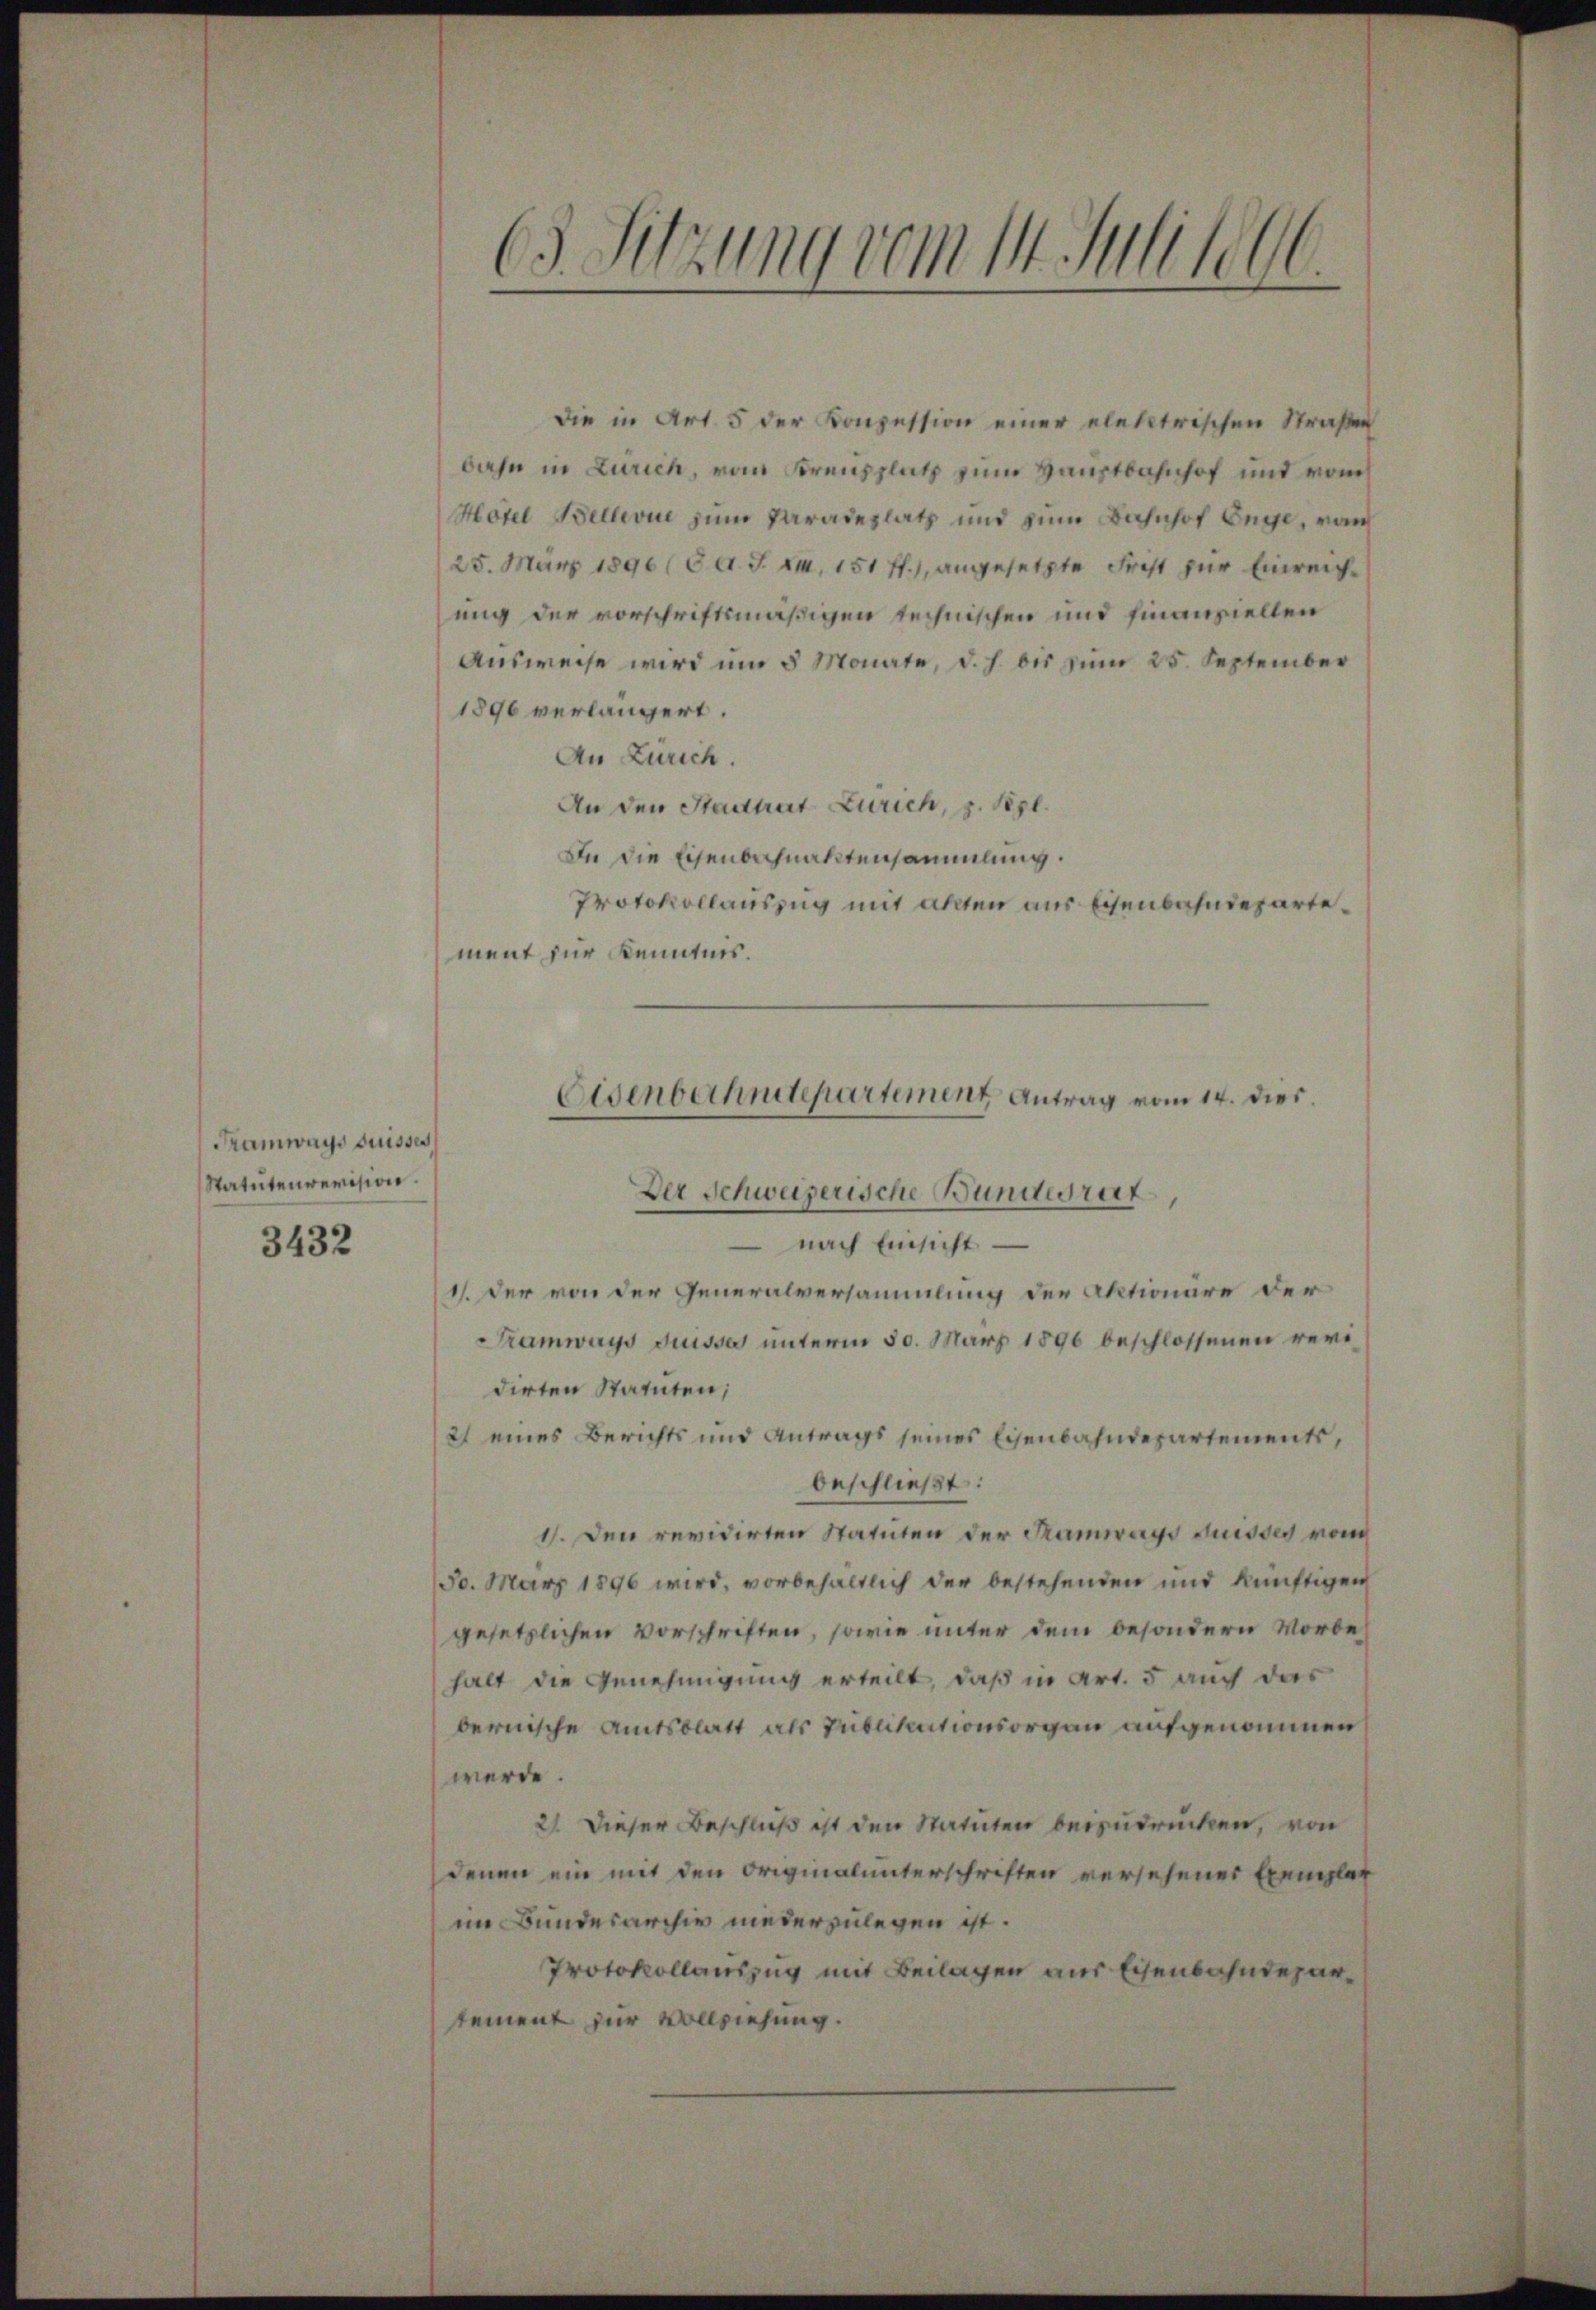
Tramways suisses
Statutenrevision.
3432

.
(3 Sitzung vom 14. Julllem

die in Art. 5 der Konzession einer eletetrischen Straßen
bahn in Zürich, vom Kreuzplatz zum Hauptbahnhof und vom
Hotel Bellevue zum Paradeplatz und zum Bahnhof Enge, von
25. März 1896 (8. d. J. Z. 151 ff.), angesetzte Frist zur Einreichsung der vorschriftsmäßigen technischen und finanziellen
Ausweise wird um 5 Monate, d. h. bis zum 25. September
1896 verlängert.
An Zürich.
An den Stadtrat Zürich, z. Sept.
In die Eisenbahnaktensammlung.
Protokollauszug mit akten aus Eisenbahndepartement zur Kenntnis.
 nach Einsicht
1). Der von der Generalversammlung der Aktionäre der
Tramways duisse unterm 30. März 1890 beschlossenen revidirten Statuten;
27 eines Berichts und Antrags seines Eisenbahndepartements,
beschließt:
1). Den revidirten Statuten der Tramways Suisses vom
150. März 1896 wird, vorbehaltlich der bestehenden und künftigen
gesetzlichen Vorschriften, sowie unter dem besondern Vorbehalt die Genehmigung erteilt, daß in Art. 5 auch das
bernische Amtsblatt als Publikationsorgan aufgenommen
werde.
21. Dieser Beschluß ist den Statuten beizudrücken, von
denen ein mit den Originalunterschriften versehener Exemplar
im Bundesarchiv niederzulegen ist.
Protokollauszug mit Beilagen aus Eisenbahndepartement zur Vollziehung.

Eisenbechnitepartement Antrag vom 14. dies.
Der Schweizerische Bundesrat,